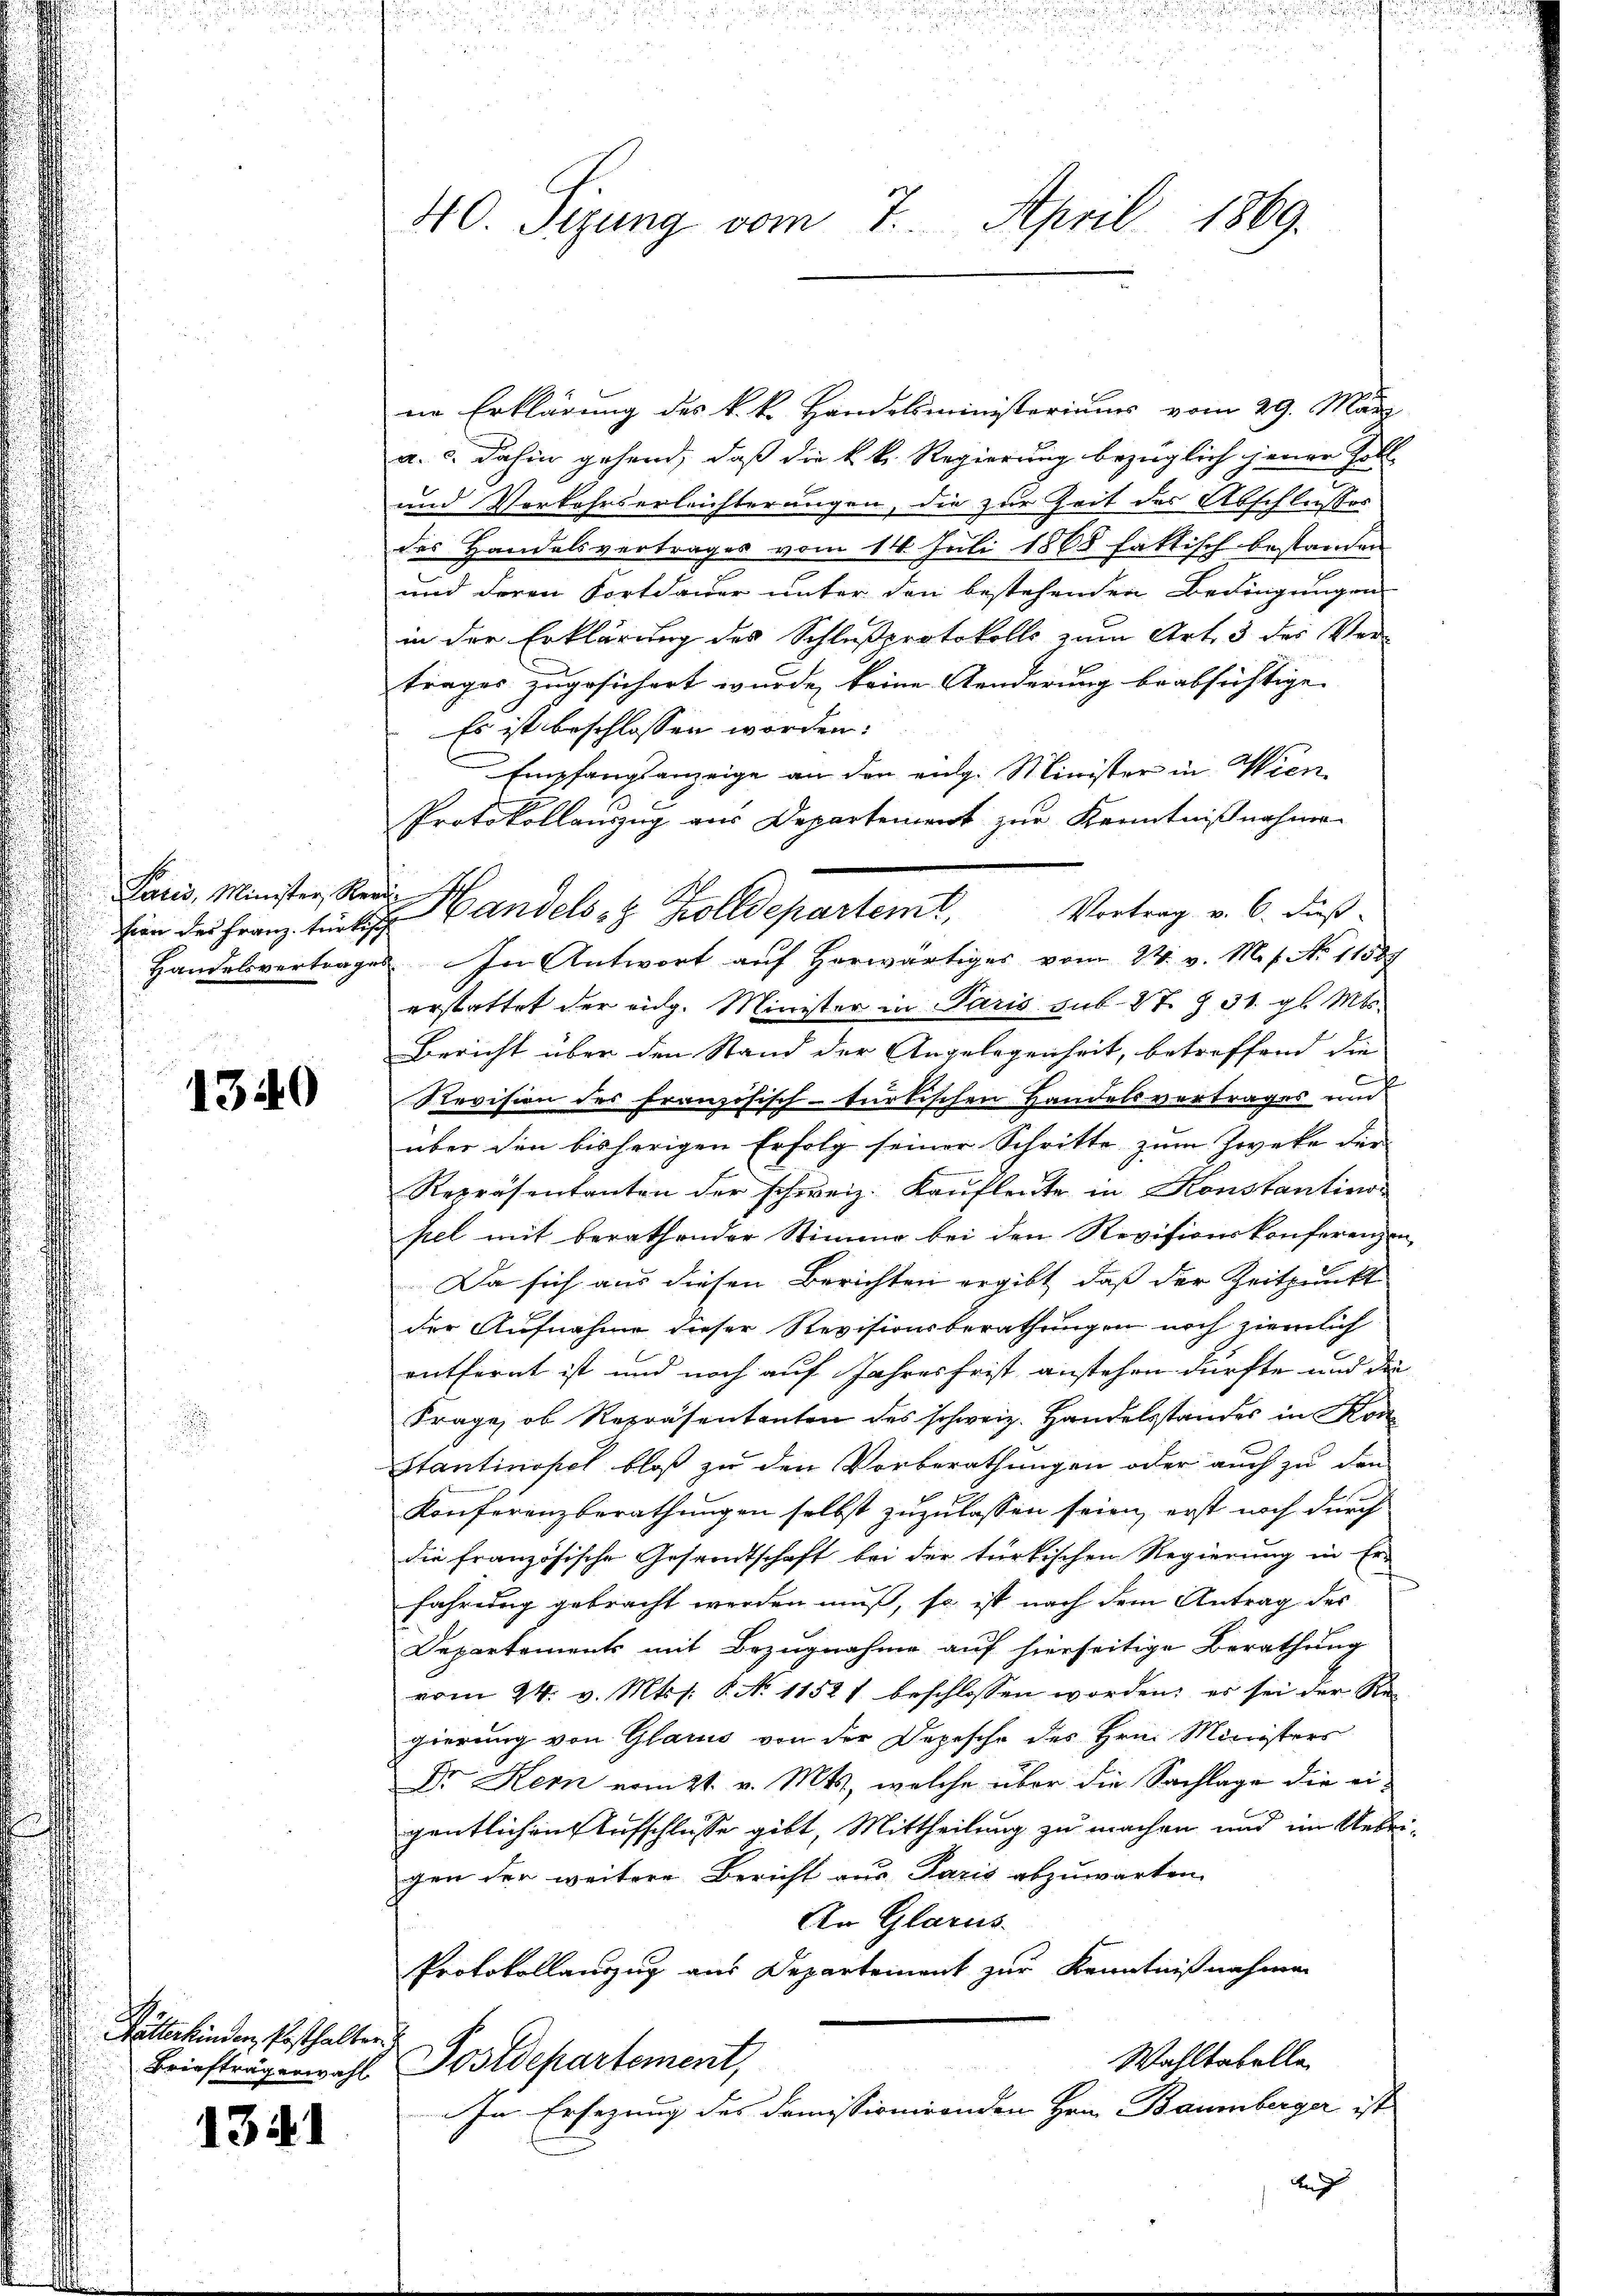
hien der Franz türkisch

1340

Watterkinden, Pesthalten.
Briefträgerwahl

1341

40. Sigung vom 7. April 1869.

ne Erklärung des k. k. Handelsministeriums vom 29. 11
a. c. dahin gehend, daß die k. k. Regierung bezüglich jener Poll
und Vorkehrserleichterungen, die zur Zeit der Abschlusses
des Handelsvertrages vom 14. Juli 1868 faktisch bestanden
und deren Fortdauer unter den bestehenden Bedingungen
in der Erklärung des Schlußprotokolls zum Art. 3 des Ver-
trages zugesichert wurde, keine Aenderung beabsichtige. |
Es ist beschlossen worden.
Empfangsanzeige an den vulg. Minister in Wien
Protokollanzug aus Departement zur Kenntnißnahmen
Handelsvertrages. In Antwort auf herwärtiges vom 24. v. M. s. No 11589
erstattet der eidg. Minister in Paris sub 87. § 31. gl. Mts.
Bericht über den Stand der Angelegenheit, betreffend die
Revision des französisch-türkischen Handelsvertrages und
über den bisherigen Erfolg seiner Schritte zum Zwecke der
Repräsentanten der schweiz. Kaufleute in Konstantino
sel mit berathender Stimme bei den Revisionskonferenzen
Da sich aus diesen Berichten ergibt, daß der Zeitpunkt
der Aufnahme dieser Revisionsberathungen noch ziemlich
entfernt ist und noch auf Jahresfrist anstehen dürfte und die
Frage, ob Repräsententen des schweiz. Handelsstandes in Kon
stantinopel bloß zu den Vorberathungen oder auch zu den
Konferenzberathungen selbst zuzulassen seien, erst noch durch
die französische Gesandtschaft bei der türkischen Regierung in Er-
fahrung gebracht werden muß, so ist nach dem Antrag des
Departements mit Bezugnahme auf hierseitige Berathung
vom 24. v. Mts. s. S. N. 11521 beschlossen worden; es sei der Regierung von Glarus von der Dopische des Hrn. Ministers
Dr Kern vom 21. v. Mts., welche über die Sachlage die eigentlichen Aufschlusse gibt, Mittheilung zu machen und im Uebrigen der weitere Bericht aus Paris abzuwarten.
An Glarus.
Protokollauszug aus Departement zur Kenntnißnahmen
Wahltabelle
Postdepartement,
In Ersezung des Domissionirenden Hrn. Baumberger ist
An

Paris, Minister Reue Handels- & Zolldepartem Vortrag v. 6. dieß